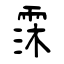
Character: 霂